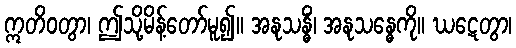
ဣတိဝတွာ၊ ဤသို့မိန့်တော်မူ၍။ အနုသန္ဓိံ၊ အနုသန္ဓေကို။ ဃဋေတွာ၊